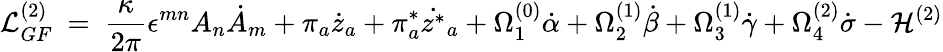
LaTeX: {\cal L}_{GF}^{(2)}~=~\frac{\kappa}{2\pi}\epsilon^{mn}A_{n}{\dot{A}}_{m}+\pi_{a}{\dot{z}}_{a}+\pi_{a}^{*}\dot{z^{*}}_{a}+\Omega_{1}^{(0)}\dot{\alpha}+\Omega_{2}^{(1)}\dot{\beta}+\Omega_{3}^{(1)}\dot{\gamma}+\Omega_{4}^{(2)}\dot{\sigma}-{\cal H}^{(2)}